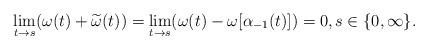
\begin{align*}\lim_{t\to s}(\omega(t)+\widetilde{\omega}(t))=\lim_{t\to s}(\omega(t)-\omega[\alpha_{-1}(t)])=0,s\in\{0,\infty\}.\end{align*}